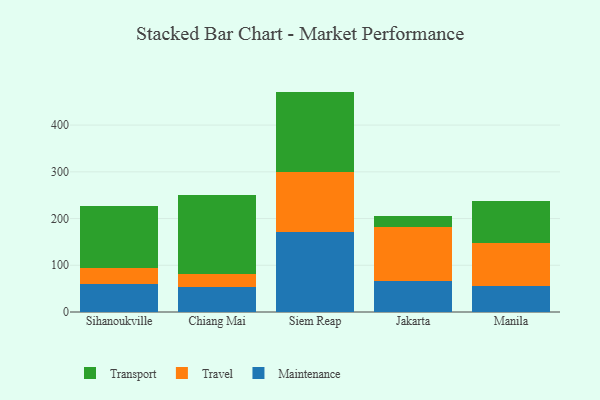
{"axis": {"x": "City", "y": "Net Income (USD K)"}, "legend": ["Maintenance", "Transport", "Travel"], "data": [{"x": "Sihanoukville", "y": 59.0, "type": "Maintenance"}, {"x": "Sihanoukville", "y": 34.2, "type": "Travel"}, {"x": "Sihanoukville", "y": 133.8, "type": "Transport"}, {"x": "Chiang Mai", "y": 53.4, "type": "Maintenance"}, {"x": "Chiang Mai", "y": 26.9, "type": "Travel"}, {"x": "Chiang Mai", "y": 170.8, "type": "Transport"}, {"x": "Siem Reap", "y": 170.7, "type": "Maintenance"}, {"x": "Siem Reap", "y": 129.9, "type": "Travel"}, {"x": "Siem Reap", "y": 171.1, "type": "Transport"}, {"x": "Jakarta", "y": 67.0, "type": "Maintenance"}, {"x": "Jakarta", "y": 113.9, "type": "Travel"}, {"x": "Jakarta", "y": 25.2, "type": "Transport"}, {"x": "Manila", "y": 54.9, "type": "Maintenance"}, {"x": "Manila", "y": 92.9, "type": "Travel"}, {"x": "Manila", "y": 89.2, "type": "Transport"}]}